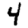
Digit: 4